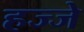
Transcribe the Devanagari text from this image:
हज्जे